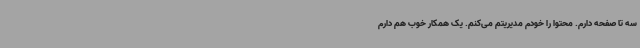
سه تا صفحه دارم. محتوا را خودم مدیریتم می‌کنم. یک همکار خوب هم دارم